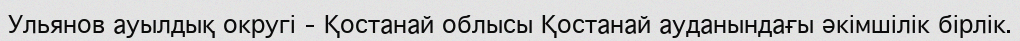
Ульянов ауылдық округі – Қостанай облысы Қостанай ауданындағы әкімшілік бірлік.